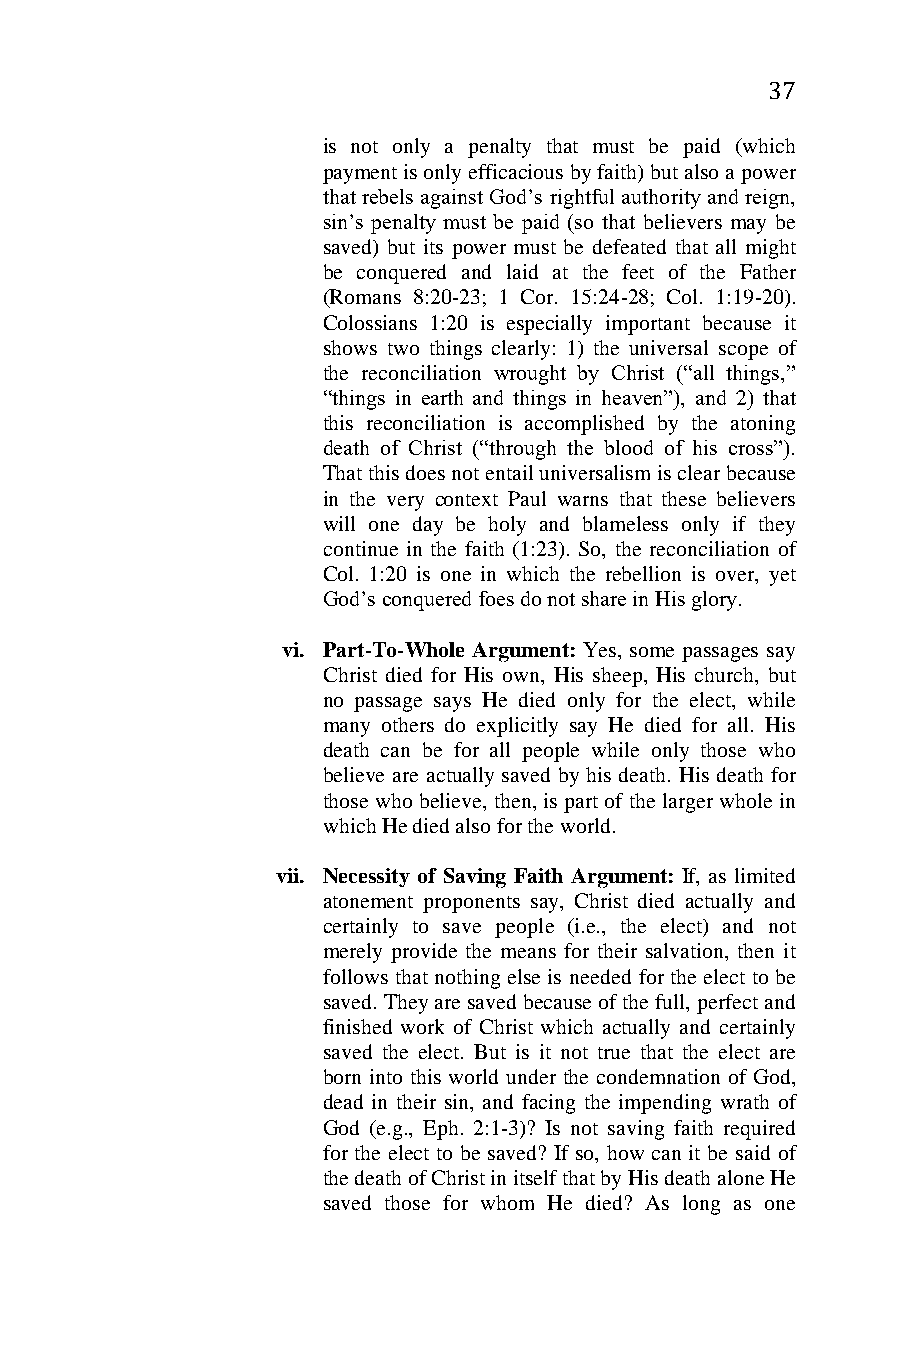
37
 is not only a penalty that must be paid (which
 payment is only efficacious by faith) but also a power
 that rebels against God’s rightful authority and reign,
 sin’s penalty must be paid (so that believers may be
 saved) but its power must be defeated that all might
 be conquered and laid at the feet of the Father
 (Romans 8:20-23; 1 Cor. 15:24-28; Col. 1:19-20).
 Colossians 1:20 is especially important because it
 shows two things clearly: 1) the universal scope of
 the reconciliation wrought by Christ (“all things,”
 “things in earth and things in heaven”), and 2) that
 this reconciliation is accomplished by the atoning
 death of Christ (“through the blood of his cross”).
 That this does not entail universalism is clear because
 in the very context Paul warns that these believers
 will one day be holy and blameless only if they
 continue in the faith (1:23). So, the reconciliation of
 Col. 1:20 is one in which the rebellion is over, yet
 God’s conquered foes do not share in His glory.
 vi. Part-To-Whole Argument: Yes, some passages say
 Christ died for His own, His sheep, His church, but
 no passage says He died only for the elect, while
 many others do explicitly say He died for all. His
 death can be for all people while only those who
 believe are actually saved by his death. His death for
 those who believe, then, is part of the larger whole in
 which He died also for the world.
 vii. Necessity of Saving Faith Argument: If, as limited
 atonement proponents say, Christ died actually and
 certainly to save people (i.e., the elect) and not
 merely provide the means for their salvation, then it
 follows that nothing else is needed for the elect to be
 saved. They are saved because of the full, perfect and
 finished work of Christ which actually and certainly
 saved the elect. But is it not true that the elect are
 born into this world under the condemnation of God,
 dead in their sin, and facing the impending wrath of
 God (e.g., Eph. 2:1-3)? Is not saving faith required
 for the elect to be saved? If so, how can it be said of
 the death of Christ in itself that by His death alone He
 saved those for whom He died? As long as one